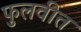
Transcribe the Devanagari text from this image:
फुलवीत